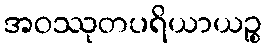
အဝဿုတပရိယာယဉ္စ